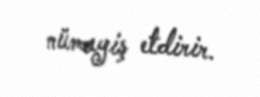
nümayiş etdirir.